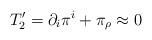
\begin{align*}T_2' = \partial_i\pi^i + \pi_\rho \approx 0 \end{align*}